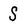
Character: S